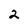
Character: 2